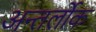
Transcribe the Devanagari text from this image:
अन्तर्लोक